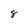
Character: 8